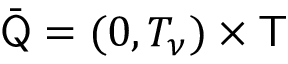
\bar { \mathsf Q } = ( 0 , T _ { \nu } ) \times \mathsf T